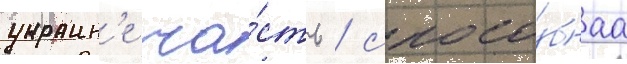
украин'е ча́сть / спосо́бнаа